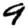
Digit: 9